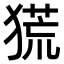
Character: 𤠤